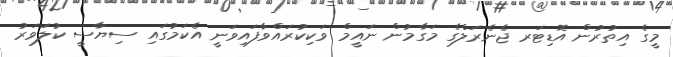
މީގެ އިތުރުން އޮޑިޓަރ ޖެނެރަލްގެ މަގާމުން ނައީމް ވަކިކުރައްވާފައިވަނީ އެކަމުގައި ސިޔާސީ ކުލަވަރު